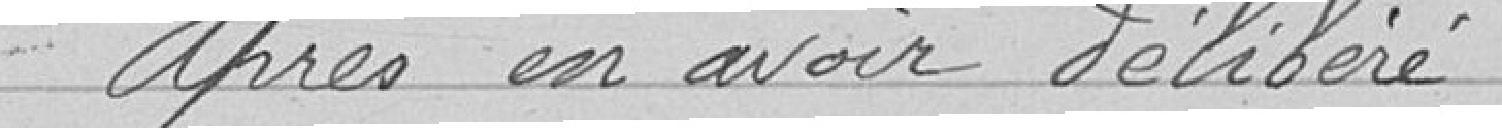
Après en avoir délibéré